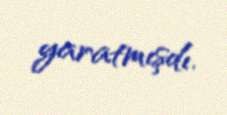
yaratmışdı.